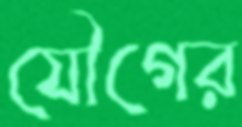
যৌগের